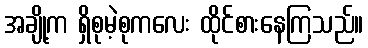
အချို့က ရှိစုမဲ့စုကလေး ထိုင်စားနေကြသည်။